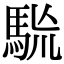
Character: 𩢯